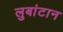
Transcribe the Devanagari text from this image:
लुबांटान